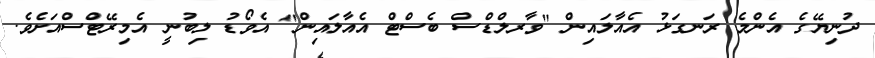
ދުނިޔޭގެ އެންމެ ރަނގަޅު އެއާލައިން "ވާރލްޑްސް ބެސްޓް އެއާލައިން" އެވޯޑު ލިބުނީ އެމިރޭޓްސްއަށެވެ.